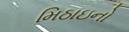
મિઠાઇનો